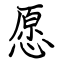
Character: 愿